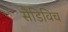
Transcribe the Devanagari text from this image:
सैंडिविच